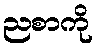
ညစာကို